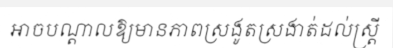
អាចបណ្តាលឱ្យមានភាពស្រងូតស្រងាត់ដល់ស្ត្រី